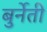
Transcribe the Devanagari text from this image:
बुर्नेती